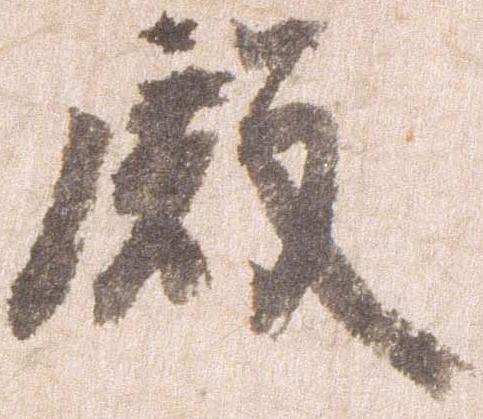
殿